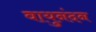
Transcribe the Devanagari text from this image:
वायुनंदन